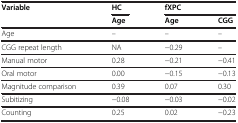
| Variable | HC | <COLSPAN=2> fXPC |
 |  | Age | Age | CGG |
 | --- | --- | --- | --- |
 | Age | – | – | – |
 | CGG repeat length | NA | −0.29 | – |
 | Manual motor | 0.28 | −0.21 | −0.41 |
 | Oral motor | 0.00 | −0.15 | −0.13 |
 | Magnitude comparison | 0.39 | 0.07 | 0.30 |
 | Subitizing | −0.08 | −0.03 | −0.02 |
 | Counting | 0.25 | 0.02 | −0.23 |